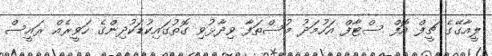
ލީއާގޭގެ ޗީފް އޮފް ސްޓާފް އަހުމަދު މުސްތަފާ ވިދާޅުވި ގޮތުގައިކުޑަކުދިންގެ ހަވީރެއް ރައީސް